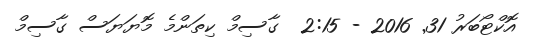
އޮކްޓޯބަރު 31